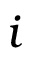
i